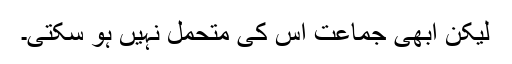
لیکن ابھی جماعت اس کی متحمل نہیں ہو سکتی۔